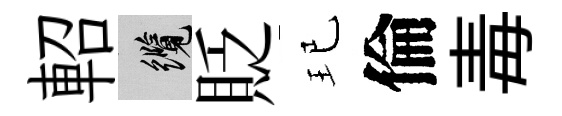
軺纜貶玘倫毒